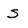
Character: s